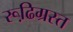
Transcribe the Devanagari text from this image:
रूढि़ग्रस्त